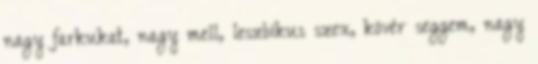
nagy farkukat, nagy mell, leszbikus szex, kövér seggem, nagy